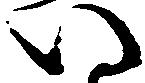
い